65_HS1-834228961_62-HQ-83894_Section_1
Agency: FBI
Page 35
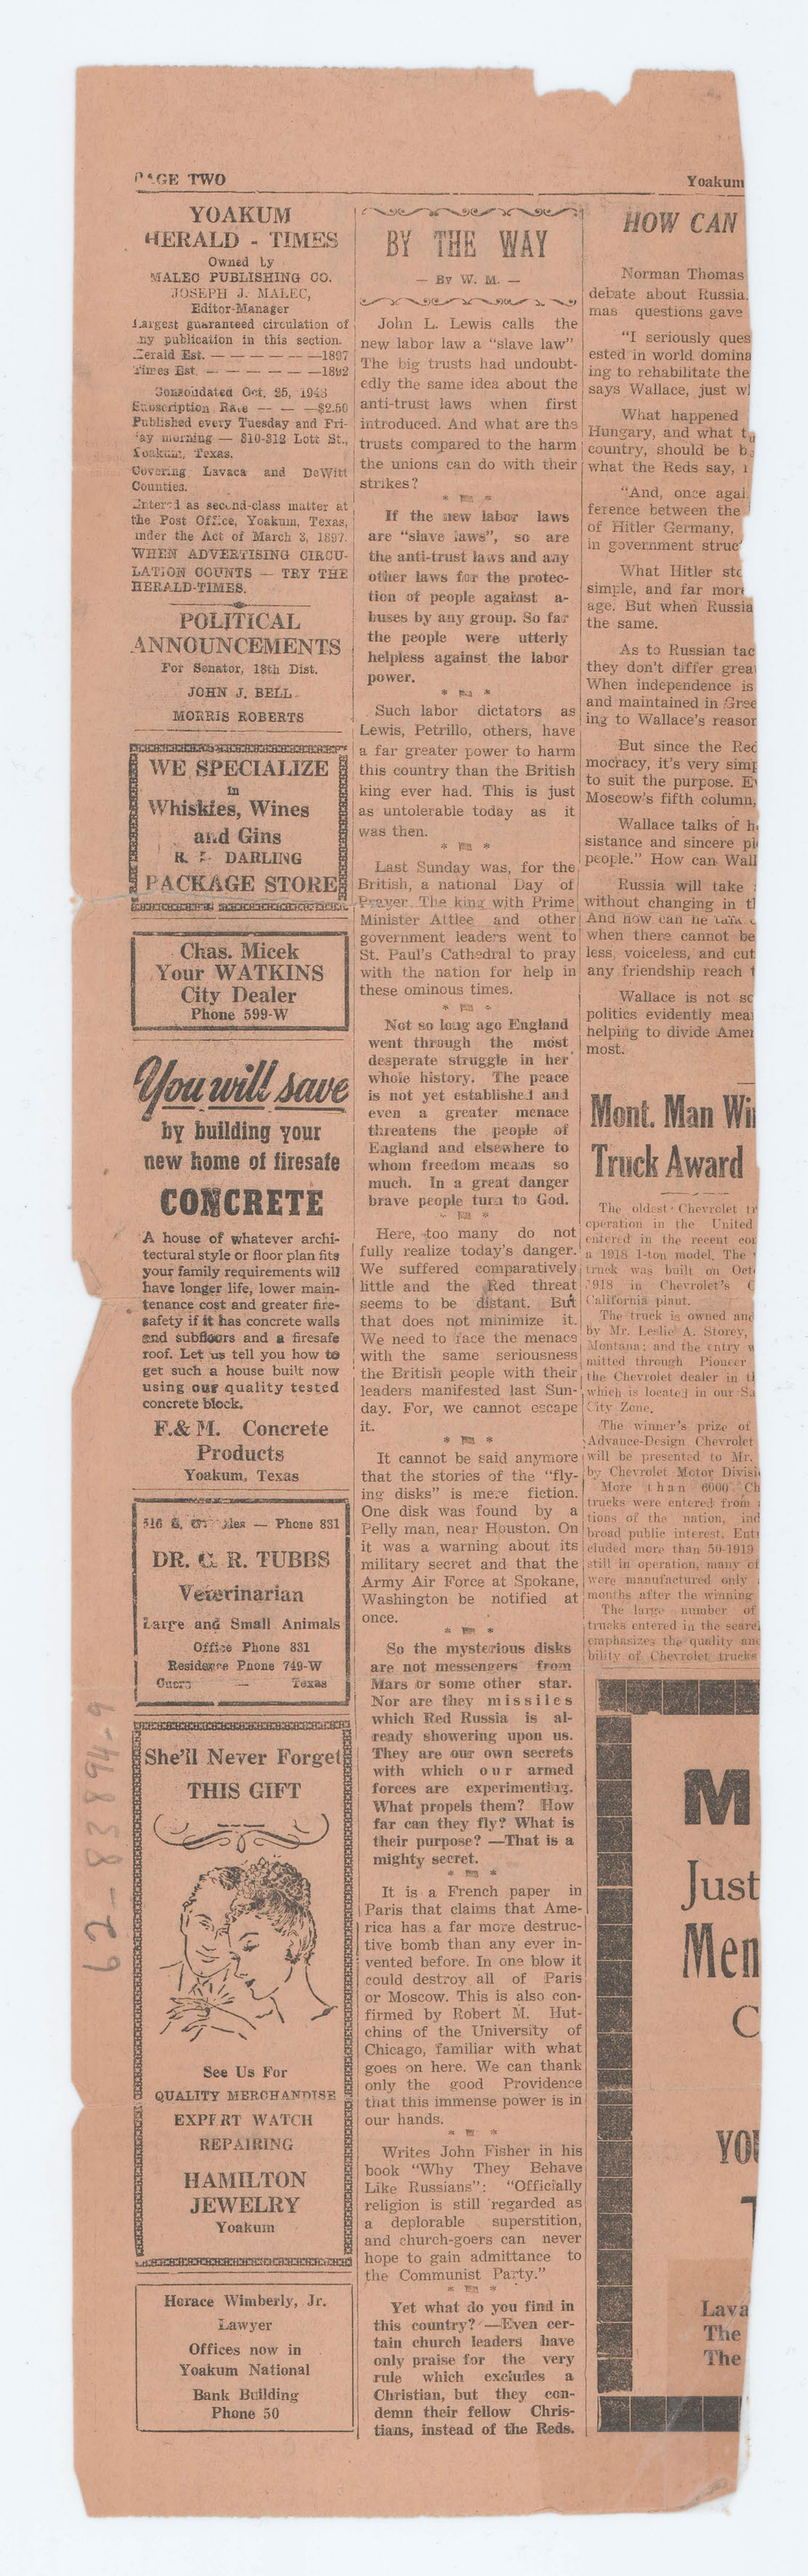